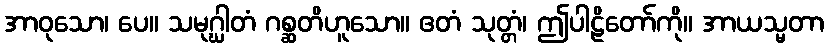
အာဝုသော၊ ပေ။ သမုဂ္ဃါတံ ဂစ္ဆတိဟူသော။ ဧတံ သုတ္တံ၊ ဤပါဠိတော်ကို။ အာယသ္မတာ